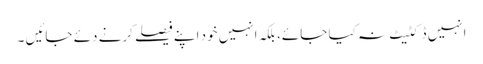
انہیں ڈکٹیٹ نہ کیا جائے، بلکہ انہیں خود اپنے فیصلے کرنے دئے جائیں ۔